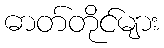
ဓာတ်တိုင်များ